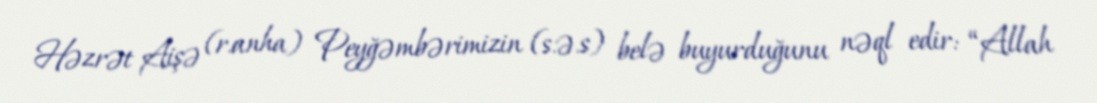
Həzrət Aişə (r.anha) Peyğəmbərimizin (s.ə.s) belə buyurduğunu nəql edir: “Allah